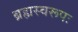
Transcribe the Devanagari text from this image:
ब्रह्मस्वरूपः